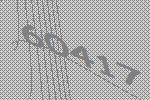
60417